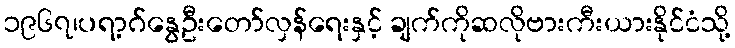
၁၉၆၇၊ပရာ့ဂ်နွေဦးတော်လှန်ရေးနှင့် ချက်ကိုဆလိုဗားကီးယားနိုင်ငံသို့